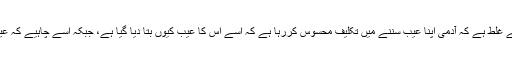
ان دو سوچوں میں سے پہلی سوچ اس لیے غلط ہے کہ آدمی اپنا عیب سننے میں تکلیف محسوس کررہا ہے کہ اسے اس کا عیب کیوں بتا دیا گیا ہے، جبکہ اسے چاہیے کہ عیب بتانے والے کو اپنا خیرخواہ سمجھے۔